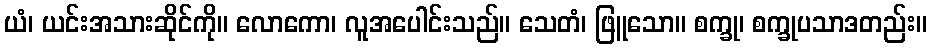
ယံ၊ ယင်းအသားဆိုင်ကို။ လောကော၊ လူအပေါင်းသည်။ သေတံ၊ ဖြူသော။ စက္ခု၊ စက္ခုပသာဒတည်း။